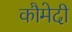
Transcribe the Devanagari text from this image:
कौमेदी